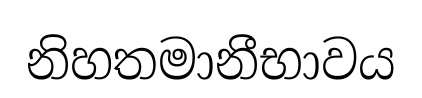
නිහතමානීභාවය